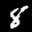
Label: 8